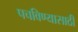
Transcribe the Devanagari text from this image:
पचविण्यासाठी